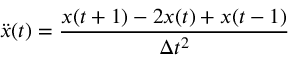
\ddot { x } ( t ) = \frac { x ( t + 1 ) - 2 x ( t ) + x ( t - 1 ) } { \Delta t ^ { 2 } }